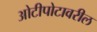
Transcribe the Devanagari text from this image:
ओटीपोटावरील